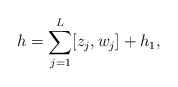
\begin{align*}h = \sum_{j=1}^{L} [z_j,w_j] + h_1,\end{align*}